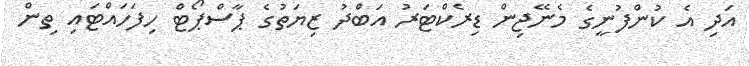
އަދި އެ ކުންފުނީގެ މެނޭޖިން ޑިރެކްޓަރު އަބްދު ޒިޔަތުގެ ޕާސްޕޯޓް ހިފަހައްޓައި ތިން